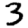
Digit: 3